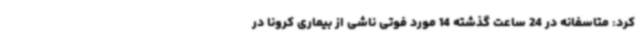
کرد: متاسفانه در 24 ساعت گذشته 14 مورد فوتی ناشی از بیماری کرونا در